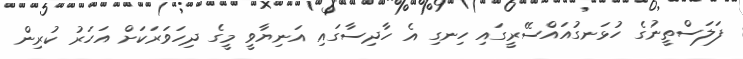
ފަލަސްތީނުގެ ހުޅަނގުއައްސޭރީގައި ހިނގި އެ ހާދިސާގައި އަނިޔާވީ މީގެ ދިހަވަރަކަށް އަހަރު ކުރިން